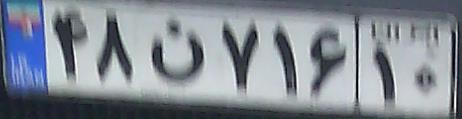
۴۸ن۷۱۶۱۰